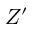
Z ^ { \prime }